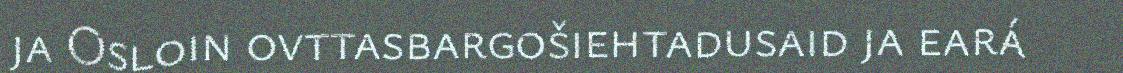
ja Osloin ovttasbargošiehtadusaid ja eará